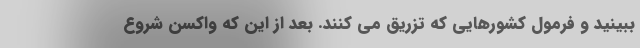
ببینید و فرمول کشورهایی که تزریق می کنند. بعد از این که واکسن شروع